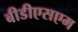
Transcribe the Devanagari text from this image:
बीडीएसएम